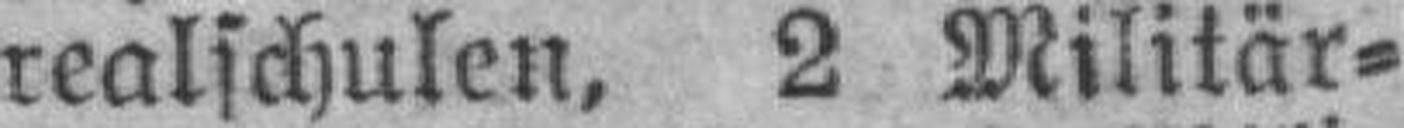
realschulen, 2 Militär=